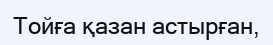
Тойға қазан астырған,